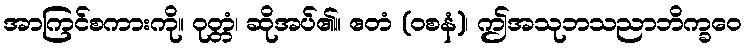
အာကြင်စကားကို။ ဝုတ္တံ၊ ဆိုအပ်၏။ ဧတံ (ဝစနံ)၊ ဤအသုဘသညာဘိက္ခဝေ